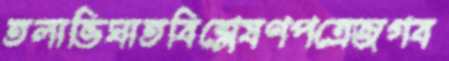
তলাভিঘাতবিশ্লেষণপত্রেজগব